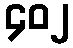
၄၀၂